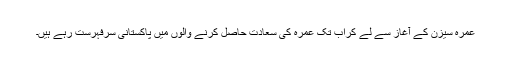
عمرہ سیزن کے آغاز سے لے کراب تک عمرہ کی سعادت حاصل کرنے والوں میں پاکستانی سرفہرست رہے ہیں۔